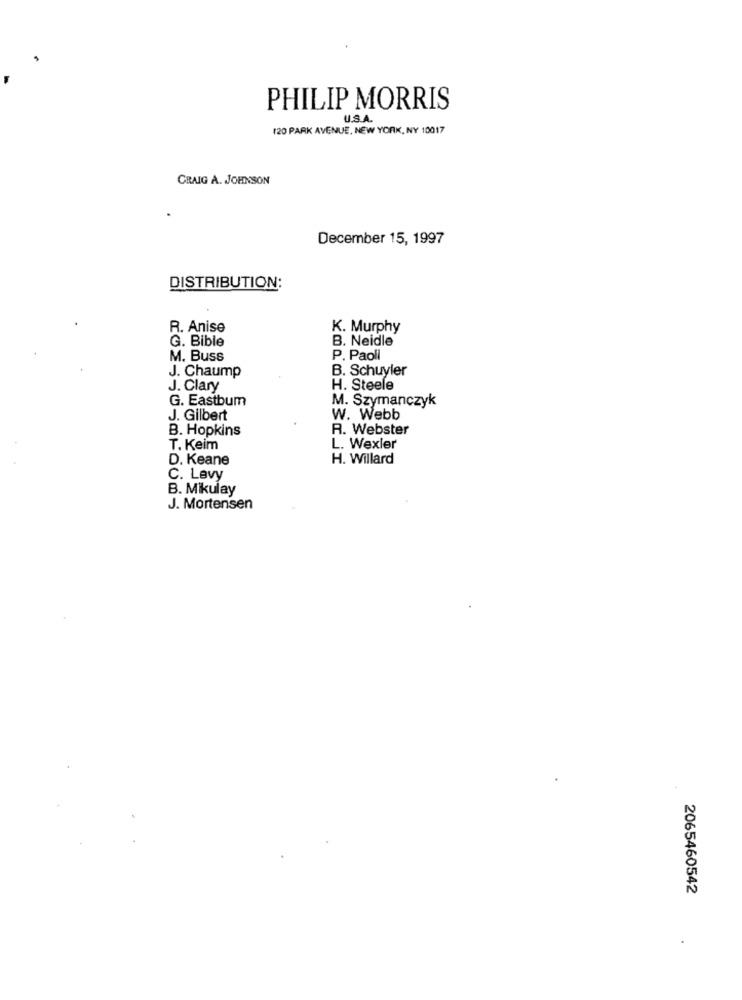
PHILIP MORRIS
U.S.A.
120 PARK AVENUE, NEW YORK, NY 10017
CRAIG A. JOHNSON
December 15, 1997
DISTRIBUTION:
R. Anise
K. Murphy
G. Bible
B. Neidle
M. Buss
P. Paoli
J. Chaump
B. Schuyler
J. Clary
H. Steele
G. Eastbum
M. Szymanczyk
J. Gilbert
W. Webb
B. Hopkins
R. Webster
T. Keim
L. Wexler
D. Keane
H. Willard
C. Levy
B. Mikulay
J. Mortensen
2065460542